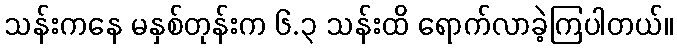
သန်းကနေ မနှစ်တုန်းက ၆.၃ သန်းထိ ရောက်လာခဲ့ကြပါတယ်။